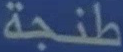
طَنجة